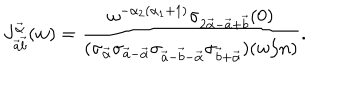
LaTeX: J _ { \vec { a } \vec { b } } ^ { \vec { \alpha } } ( w ) = \frac { \omega ^ { - \alpha _ { 2 } ( \alpha _ { 1 } + 1 ) } \sigma _ { 2 \vec { \alpha } - \vec { a } + \vec { b } } ( 0 ) } { ( \sigma _ { \vec { \alpha } } \sigma _ { \vec { a } - \vec { \alpha } } \sigma _ { \vec { a } - \vec { b } - \vec { \alpha } } \sigma _ { \vec { b } + \vec { \alpha } } ) ( w / n ) } .